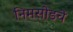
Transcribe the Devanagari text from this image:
निमसोडचे